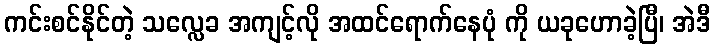
ကင်းစင်နိုင်တဲ့ သလ္လေခ အကျင့်လို အထင်ရောက်နေပုံ ကို ယခုဟောခဲ့ပြီ၊ အဲဒီ